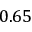
0 . 6 5